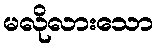
မလိုလားသော